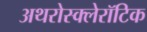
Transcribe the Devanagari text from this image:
अथरोस्क्लेरॉटिक